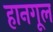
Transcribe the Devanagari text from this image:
हानगूल